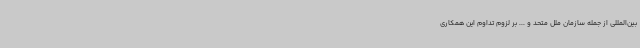
بین‌المللی از جمله سازمان ملل متحد و ... بر لزوم تداوم این همکاری